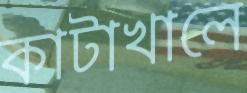
কাটাখালে